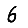
Digit: 6